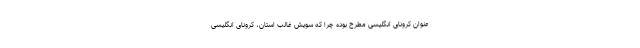
‌عنوان کرونای انگلیسی مطرح بوده چرا که سویش غالب استان، کرونای انگلیسی